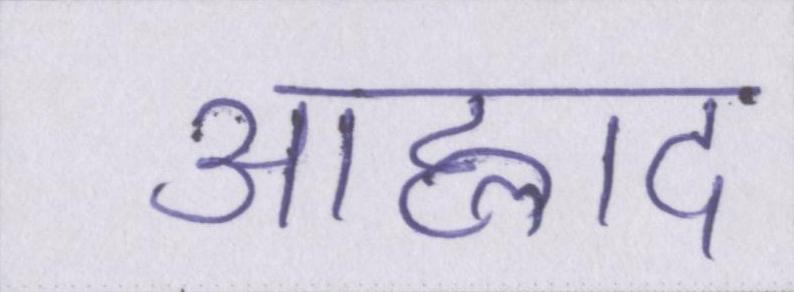
आह्लाद